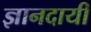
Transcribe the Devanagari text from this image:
ज्ञानदायी